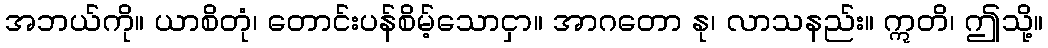
အဘယ်ကို။ ယာစိတုံ၊ တောင်းပန်စိမ့်သောငှာ။ အာဂတော နု၊ လာသနည်း။ ဣတိ၊ ဤသို့။